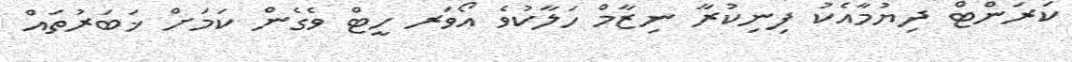
ކަރަންޓް ދިޔުމާއެކު ފިނިކުރާ ނިޒާމް ހަލާކުވެ އޯވަރ ހީޓް ވެގެން ކަމަށް ޚަބަރުތައް